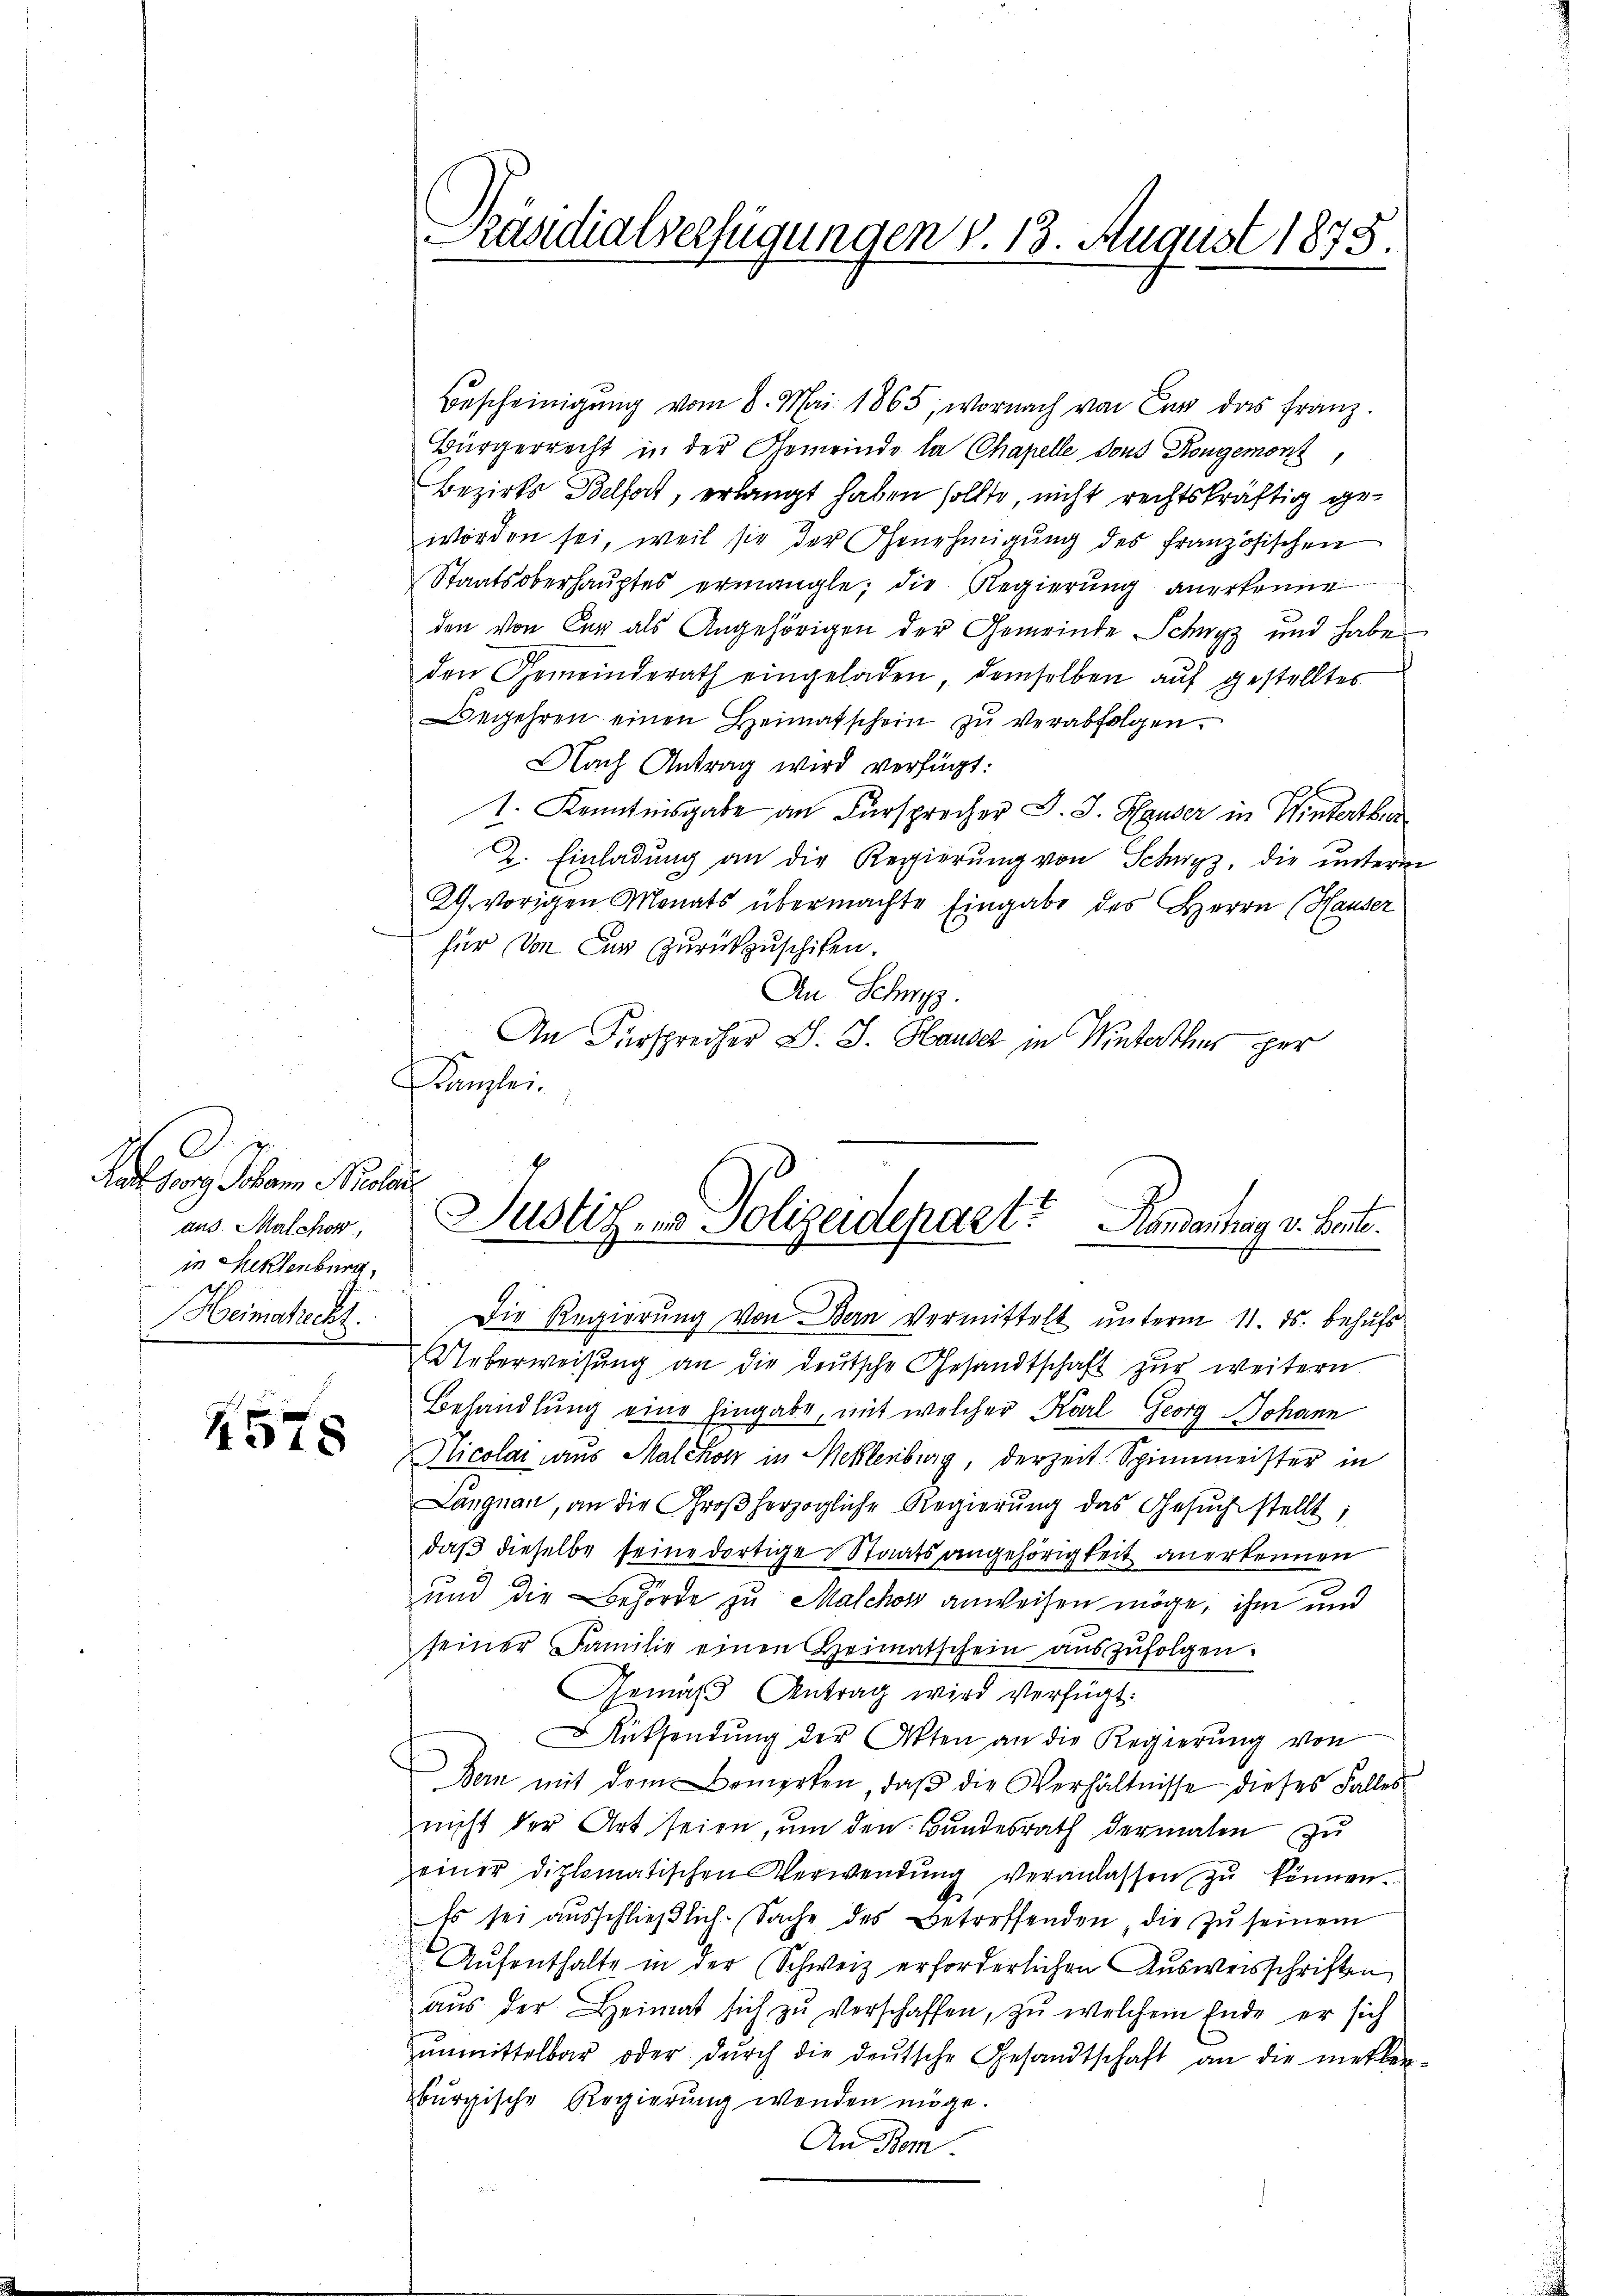
Helen
aus. Malchos
in Meklenburg,
e
Heimatrecht.
t

4578

räsidialverfügungen v. 13. August 1875.

Bescheinigŭng vom 8. Mai 1865, wornach von Car das Franz.
Bürgerrecht in der Gemeinde la Chapelle dons Kongemont,
Bezirks Belfort, erlangt haben sollte, nicht rechtskräftig geworden sei, weil sie der Genehmigung des französischen
Staatsoberhauptes ermangle, die Regierung anerkenne
den von der als Angehörigen der Gemeinde Schwyz und haben
den Gemeinderath eingeladen demselben aŭf gestelltes
Begehren einen Heimatschein zŭ verabfolgen.
Nach Antrag wird verfügt:
1. Kenntnisgabe an Fürsprecher J. J. Hauser in Winterthur
2. Einladung an die Regierung von Schwyz, die unterm
29. vorigen Monats übermachte Eingabe des Herrn (Hauser
für von Cur zurückzuschifen.
An Schwyz.
An Fürsprecher S. J. Hauser in Winterthus per
ümpler

Justiz- & Polizeidepart? Handertrag v. Heute.

Die Regierung von Bern Vermittelt unterm 11. ds. behufs
Ueberweisŭng an die deŭtsche Gesandtschaft zur weitern
Behandlung eine Eingabe, mit welcher Karl Georg Johann
Incolar aus Malchon in Meklenburg, derzeit. Spinnmeister in
Langnau, an die Großherzogliche Regierŭng das Gesŭchstellt;
daß dieselbe seine dortige Staatsangehörigkeit anerkennen
und die Behörde zu Malchoss anweisen möge, ihm und
seiner Familie einen Heimatschein aŭszŭfolgen.
Gemäβ Antrag wird verfügt:
üksendŭng der Akten an die Regierŭng von
Bern mit dem Bemerken, daβ die Verhältnisse dieses Falles
nicht der Art seien, um den Bundesrath dermalen zu
einer diplomatischen Verwendŭng veranlassen zŭ können.
Es sei aŭsschlieβlich. Sache des Betreffenden die zŭ seinem
Aufenthalte in der (Schweiz erforderlichen Ausweisschriften
aŭs der Heimat sich zŭ verschaffen, zu welchem Ende er sich
ŭnmittelbar oder dŭrch die deŭtsche Gesandtschaft an die metter-
burgische Regierung wenden möge.
An Dom